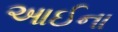
આઈના